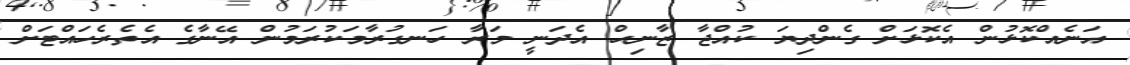
އަނެއްކޮޅުން އެކޮޅަށް ގެންދިޔަ ކުއްޖާ ޒާނިޙް އެދަނީ މަރާ ހަނގުރާމަކުރަމުން އޭނާގެ އެތެރެހައްޓަށް